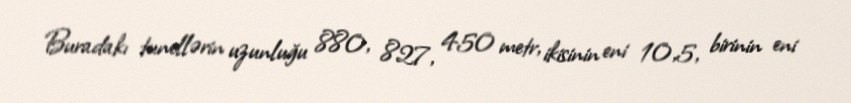
Buradakı tunellərin uzunluğu 880, 827, 450 metr, ikisinin eni 10,5, birinin eni